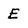
Character: E